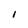
Character: I